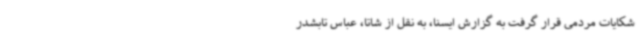
شکایات مردمی قرار گرفت به گزارش ایسنا، به نقل از شاتا، عباس تابشدر